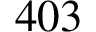
4 0 3